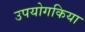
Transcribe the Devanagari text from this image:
उपयोगकिया